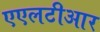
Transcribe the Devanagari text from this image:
एएलटीआर